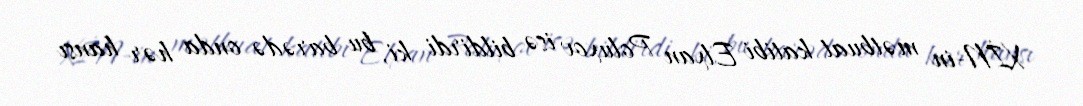
XİN-in mətbuat katibi Elxan Poluxov isə bildirdi ki, bu barədə onda hər hansı